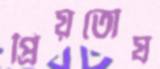
প্রিয়তোষ